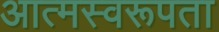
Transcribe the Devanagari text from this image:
आत्मस्वरूपता